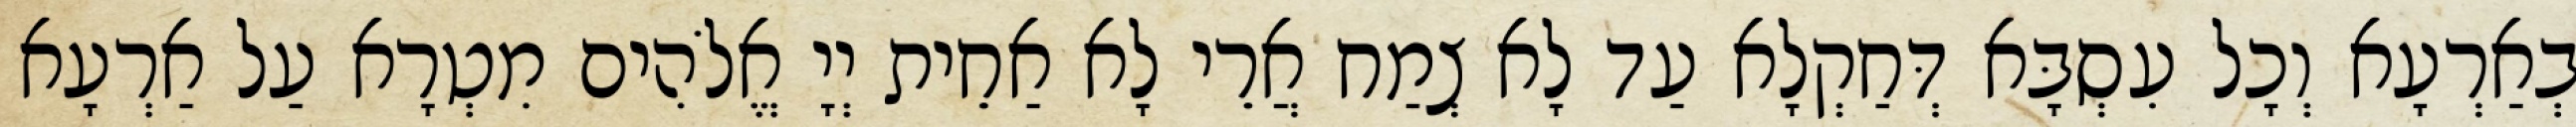
בְאַרְעָא וְכָל עִסְבָּא דְּחַקְלָא עַד לָא צְמַח אֲרֵי לָא אַחֵית יְיָ אֱלֹהִים מִטְרָא עַל אַרְעָא